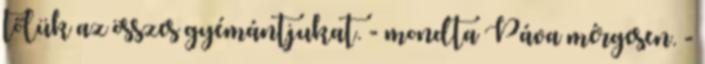
tőlük az összes gyémántjukat. - mondta Páva mérgesen. -